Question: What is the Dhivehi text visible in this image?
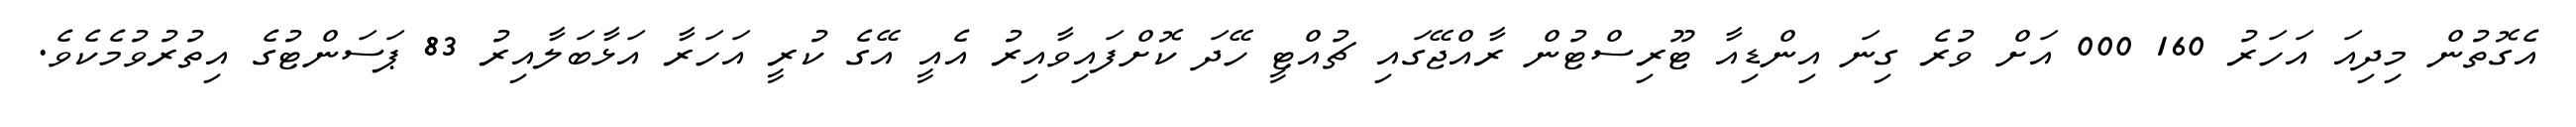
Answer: އެގޮތުން މިދިއަ އަހަރު 160 000 އަށް ވުރެ ގިނަ އިންޑިއާ ޓޫރިސްޓުން ރާއްޖޭގައި ޗުއްޓީ ހޭދަ ކޮށްފައިވާއިރު އެއީ އޭގެ ކުރީ އަހަރާ އަޅާބަލާއިރު 83 ޕަސަންޓުގެ އިތުރުވުމެކެވެ.